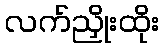
လက်ညှိုးထိုး